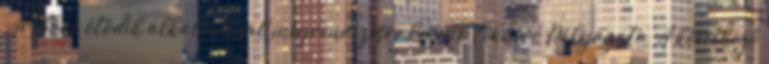
Arsboni ötödik alkalommal megrendezésre kerülő Cikkíró Pályázata A következő